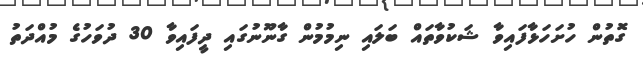
ގޮތުން ހުށަހަޅާފައިވާ ޝަކުވާތައް ބަލައި ނިމުމުން ގާނޫނުގައި ދީފައިވާ 30 ދުވަހުގެ މުއްދަތު